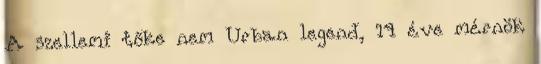
A szellemi tőke nem Urban legend, 14 éve mérnök